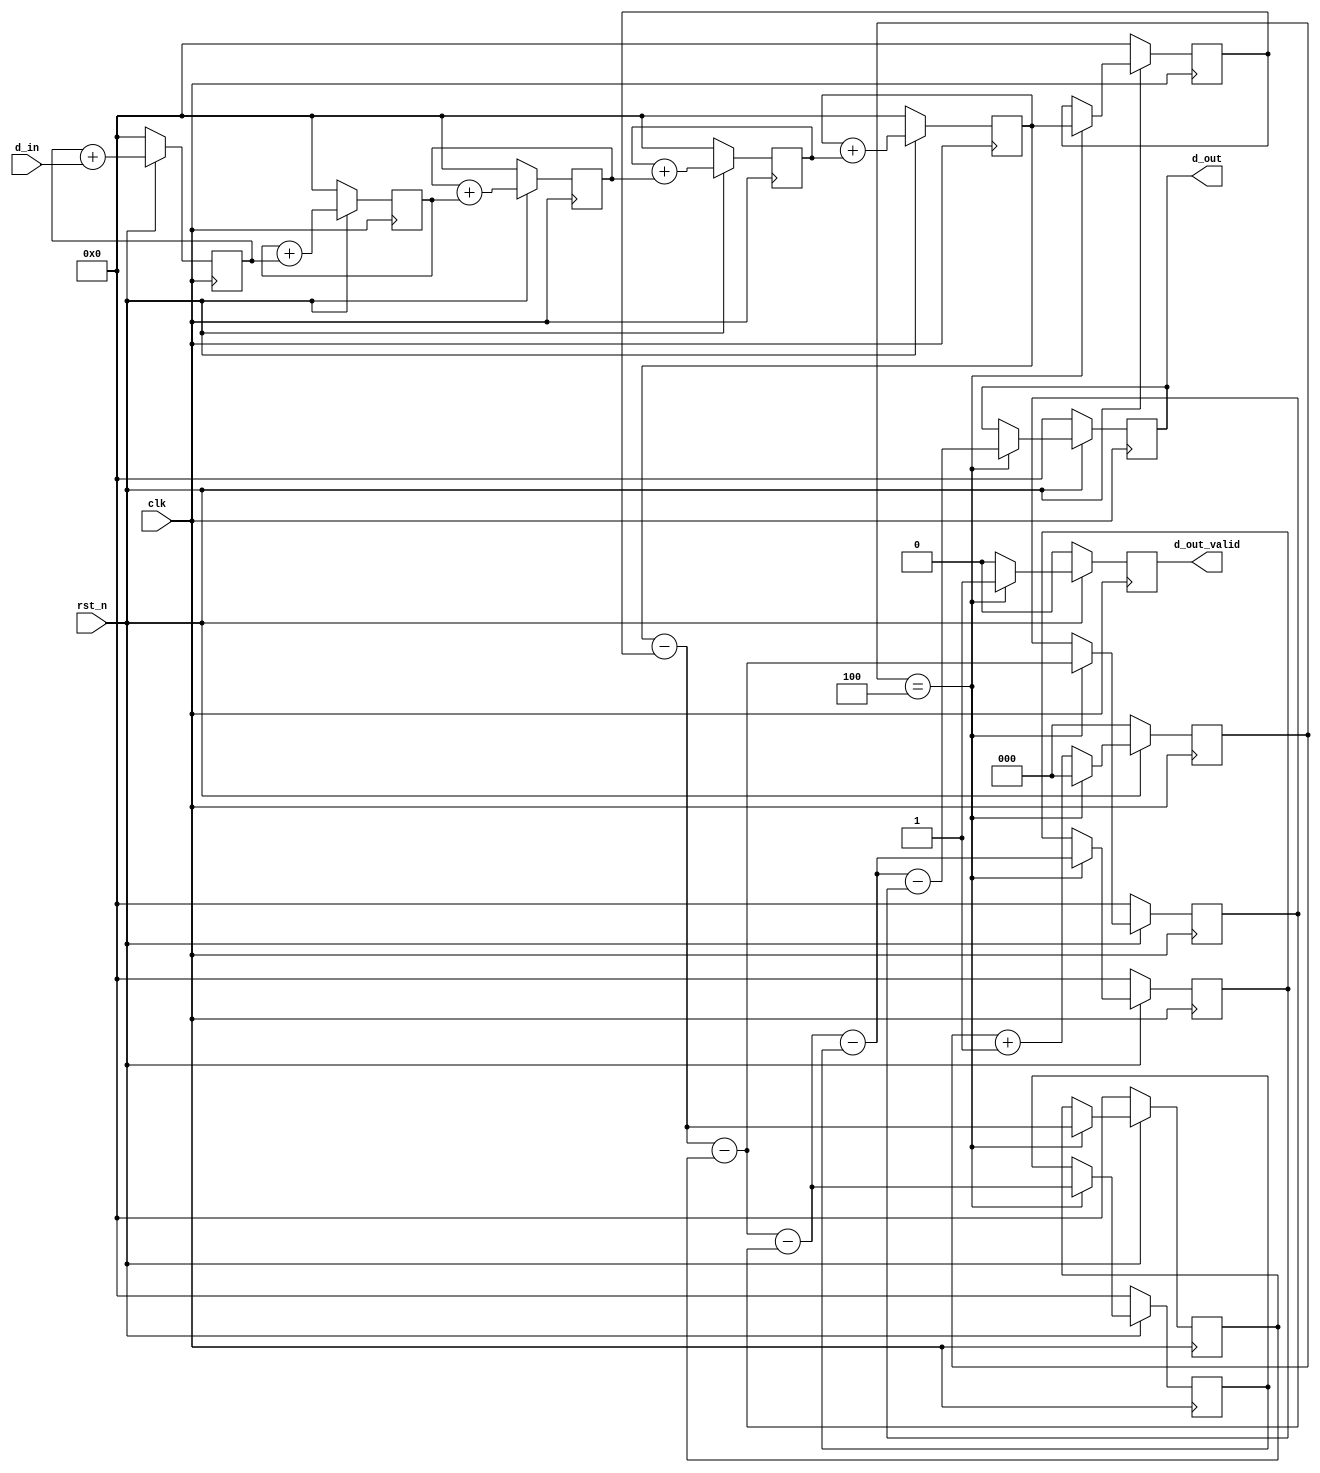
// 5th order CIC filter with decimation factor of 5
//         Symbiotic EDA / Moseley Instruments
// 12-11-2018

module cic5(
    input  clk, 
    input  rst_n, 
    input  signed [15:0] d_in, 
    output reg signed [27:0] d_out, 
    output reg d_out_valid
    );

reg signed [27:0] int_s  [1:5]; // integrator states
reg signed [27:0] comb_s [1:5]; // comb filter states
reg signed [27:0] tmp    [1:5];    // temporary var
reg [2:0]  decimation_count;

integer i;

    always @(posedge clk)
    begin
        if (rst_n == 1'b0)
        begin
            for (i=1; i<=5; i=i+1) begin
                int_s[i]  <= 16'd0;
                comb_s[i] <= 28'd0;
            end
            decimation_count <= 0;            
            d_out_valid <= 0;
            d_out <= 0;
        end
        else
        begin
            // default updates
            d_out_valid <= 1'b0;
            decimation_count <= decimation_count + 1;

            // update the integrator filter states
            int_s[1] <= int_s[1] + d_in;
            for (i=2; i<=5; i=i+1) begin
                int_s[i] <= int_s[i] + int_s[i-1];
            end

            // check if we can output new data
            // at the decimated rate
            
            if (decimation_count == 3'd4)
            begin
                // update the comb filter states
                tmp[1] = int_s[5] - comb_s[1];
                comb_s[1] <= int_s[5];
                for (i=2; i<=5; i=i+1) begin
                    tmp[i] = tmp[i-1] - comb_s[i];
                    comb_s[i] <= tmp[i-1];
                end

                decimation_count <= 0;
                d_out_valid <= 1'b1;
                d_out <= tmp[5];
            end;
        end;
    end

endmodule